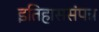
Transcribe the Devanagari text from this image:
इतिहाससंपन्न